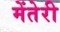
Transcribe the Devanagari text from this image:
मेंतेरी